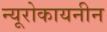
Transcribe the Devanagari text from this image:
न्यूरोकायनीन